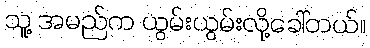
သူ့ အမည်က ယွမ်းယွမ်းလို့ခေါ်တယ်။